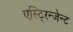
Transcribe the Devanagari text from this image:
एस्टि्रन्जेन्ट